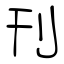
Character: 刊